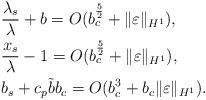
LaTeX: \begin{align*}&\frac{\lambda_s}{\lambda}+b=O(b_c^{\frac{5}{2}}+\|\varepsilon\|_{H^1_{}}),\\&\frac{x_s}{\lambda}-1=O(b_c^{\frac{5}{2}}+\|\varepsilon\|_{H^1_{}}),\\&b_s+c_p\tilde{b}b_c=O(b_c^3+b_c\|\varepsilon\|_{H^1_{}}).\end{align*}